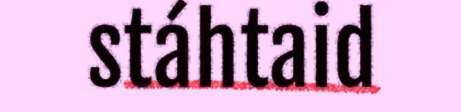
stáhtaid